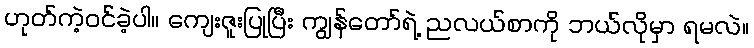
ဟုတ်ကဲ့ဝင်ခဲ့ပါ။ ကျေးဇူးပြုပြီး ကျွန်တော်ရဲ့ ညလယ်စာကို ဘယ်လိုမှာ ရမလဲ။